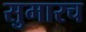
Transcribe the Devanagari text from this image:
सुमारच